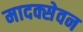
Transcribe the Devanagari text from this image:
मादक्सेवन